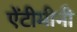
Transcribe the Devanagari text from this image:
ऐंटीमीनी